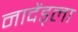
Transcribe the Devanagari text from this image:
नादेंड्ला